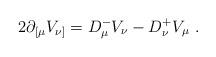
LaTeX: \begin{align*}2\partial_{[\mu}V_{\nu]}=D_\mu^- V_\nu -D_\nu^+ V_\mu\ . \end{align*}